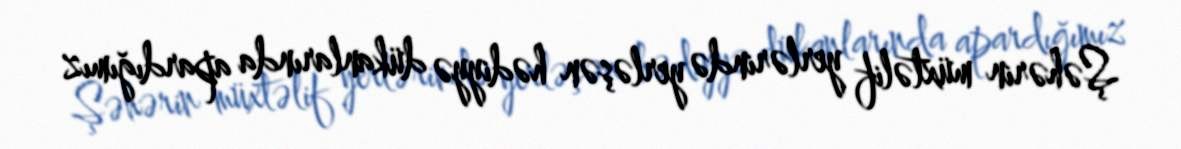
Şəhərin müxtəlif yerlərində yerləşən hədiyyə dükanlarında apardığımız